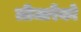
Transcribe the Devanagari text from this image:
लीजारेंको